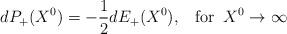
LaTeX: \begin{align*}dP_+(X^0)=-\frac{1}{2}dE_+(X^0),\;\;\;\mbox{for}\;\;X^0\rightarrow\infty\end{align*}